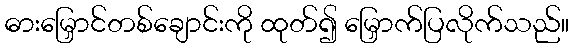
ဓားမြှောင်တစ်ချောင်းကို ထုတ်၍ မြှောက်ပြလိုက်သည်။